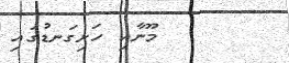
މޫނާއި ހަށިގަނޑުގައި